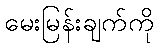
မေးမြန်းချက်ကို